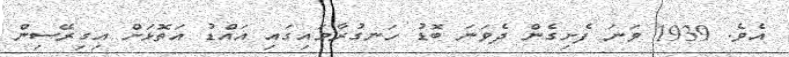
އެވެ. 1939 ވަނަ ފެށިގެން ދެވަނަ ބޮޑު ހަނގުރާމައިގައި އައްޑު އަތޮޅަށް އިގިރޭސިން